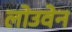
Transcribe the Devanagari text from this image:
लोउवेन